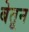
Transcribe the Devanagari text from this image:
बेतून